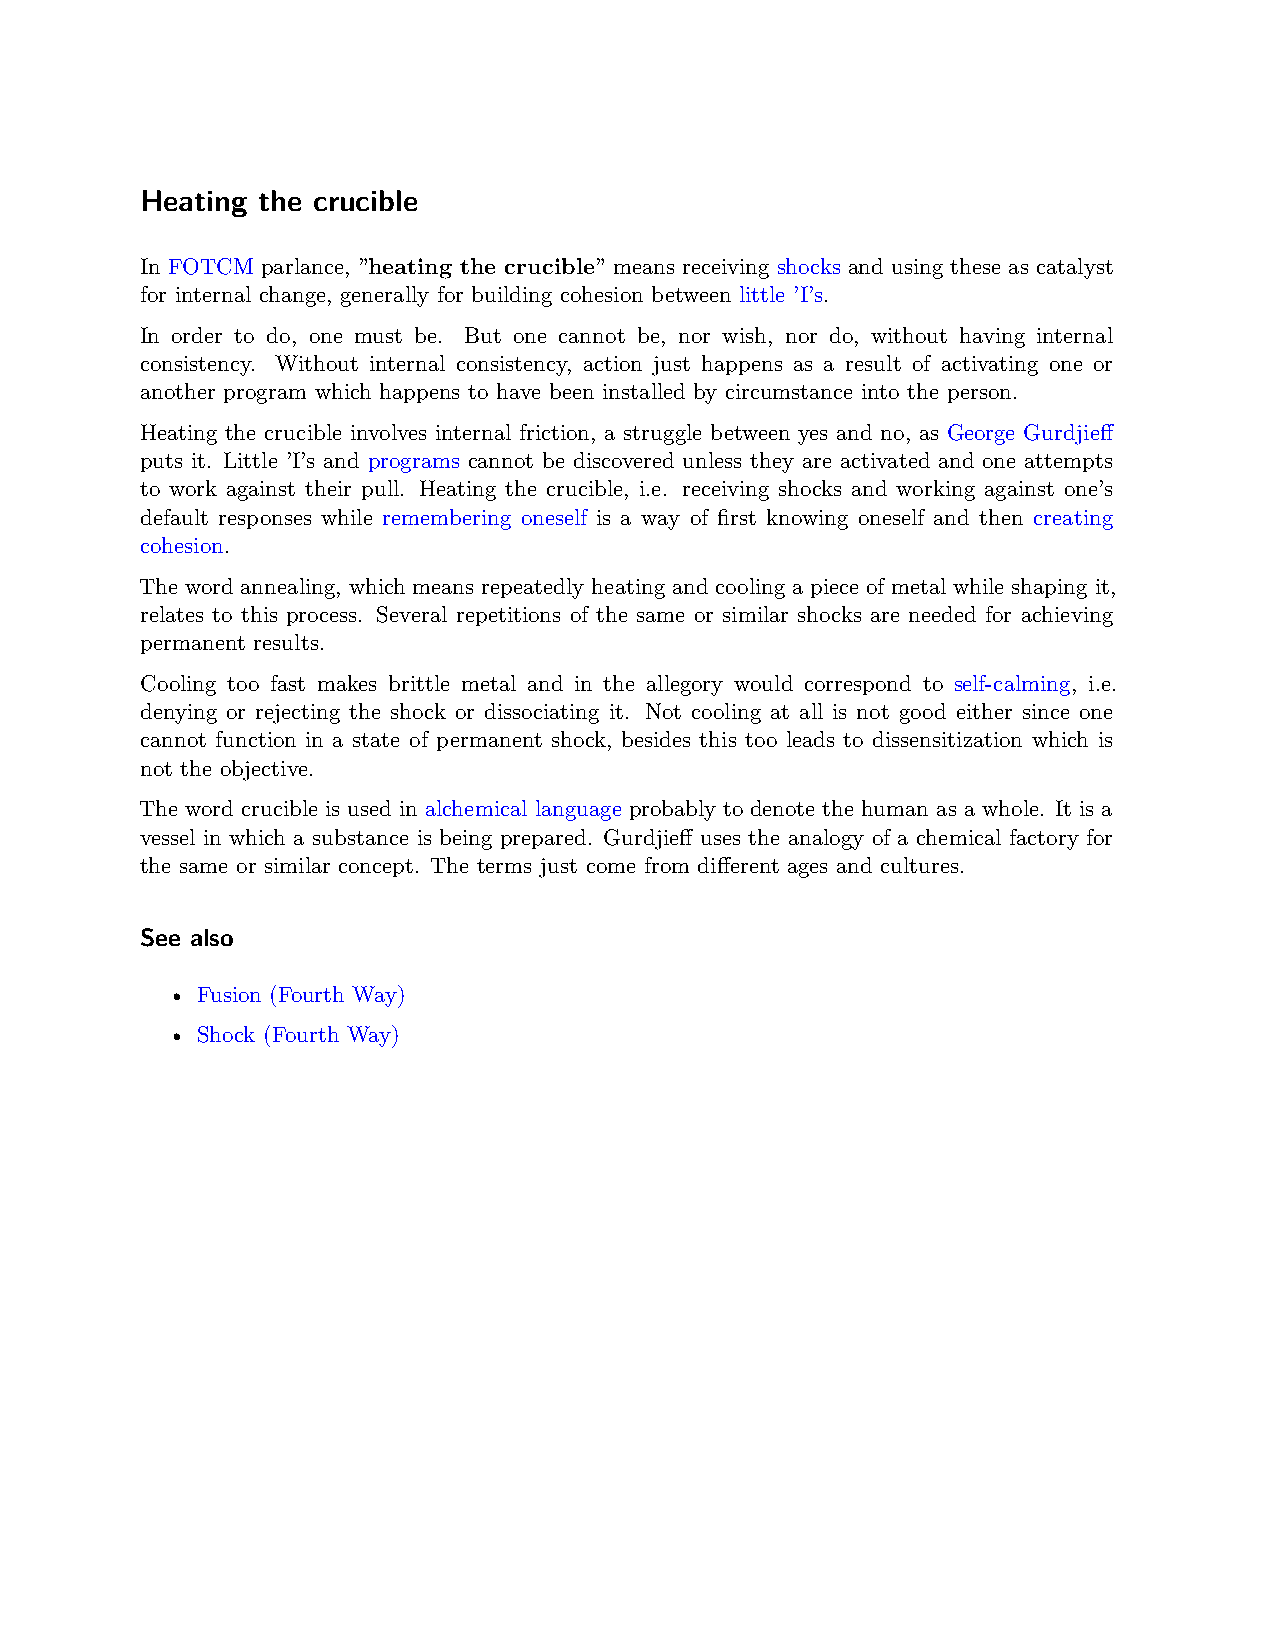
Heating the crucible
 In FOTCM parlance, ”heating the crucible” means receiving shocks and using these as catalyst
 for internal change, generally for building cohesion between little ’I’s.
 In order to do, one must be. But one cannot be, nor wish, nor do, without having internal
 consistency. Without internal consistency, action just happens as a result of activating one or
 another program which happens to have been installed by circumstance into the person.
 Heating the crucible involves internal friction, a struggle between yes and no, as George Gurdjieff
 puts it. Little ’I’s and programs cannot be discovered unless they are activated and one attempts
 to work against their pull. Heating the crucible, i.e. receiving shocks and working against one’s
 default responses while remembering oneself is a way of first knowing oneself and then creating
 cohesion.
 The word annealing, which means repeatedly heating and cooling a piece of metal while shaping it,
 relates to this process. Several repetitions of the same or similar shocks are needed for achieving
 permanent results.
 Cooling too fast makes brittle metal and in the allegory would correspond to self-calming, i.e.
 denying or rejecting the shock or dissociating it. Not cooling at all is not good either since one
 cannot function in a state of permanent shock, besides this too leads to dissensitization which is
 not the objective.
 The word crucible is used in alchemical language probably to denote the human as a whole. It is a
 vessel in which a substance is being prepared. Gurdjieff uses the analogy of a chemical factory for
 the same or similar concept. The terms just come from different ages and cultures.
 See also
 • Fusion (Fourth Way)
 • Shock (Fourth Way)